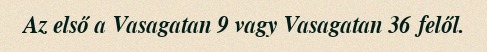
Az első a Vasagatan 9 vagy Vasagatan 36 felől.